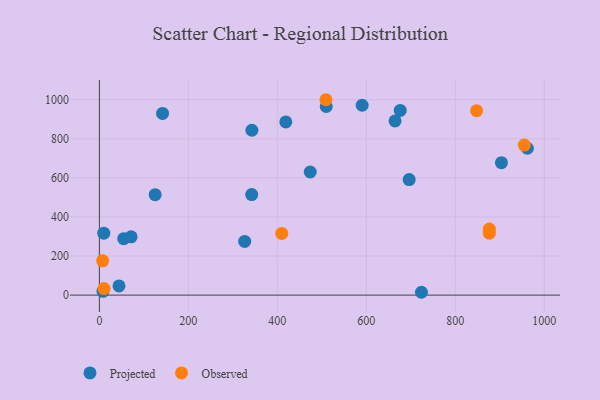
{"axis": {"x": "Price", "y": "Exam Score"}, "legend": ["Observed", "Projected"], "data": [{"x": "903.7", "y": 677.6, "type": "Projected"}, {"x": "590.6", "y": 971.7, "type": "Projected"}, {"x": "44.1", "y": 47.1, "type": "Projected"}, {"x": "342.4", "y": 514.6, "type": "Projected"}, {"x": "125.4", "y": 514.1, "type": "Projected"}, {"x": "509.9", "y": 965.4, "type": "Projected"}, {"x": "962.0", "y": 751.6, "type": "Projected"}, {"x": "664.6", "y": 891.4, "type": "Projected"}, {"x": "9.9", "y": 317.0, "type": "Projected"}, {"x": "54.7", "y": 288.7, "type": "Projected"}, {"x": "8.1", "y": 19.4, "type": "Projected"}, {"x": "723.9", "y": 14.5, "type": "Projected"}, {"x": "142.0", "y": 930.0, "type": "Projected"}, {"x": "342.8", "y": 843.8, "type": "Projected"}, {"x": "676.2", "y": 945.3, "type": "Projected"}, {"x": "473.9", "y": 630.0, "type": "Projected"}, {"x": "71.3", "y": 298.2, "type": "Projected"}, {"x": "326.6", "y": 274.8, "type": "Projected"}, {"x": "419.0", "y": 886.4, "type": "Projected"}, {"x": "696.3", "y": 591.1, "type": "Projected"}, {"x": "876.5", "y": 317.1, "type": "Observed"}, {"x": "955.1", "y": 768.1, "type": "Observed"}, {"x": "7.3", "y": 175.7, "type": "Observed"}, {"x": "847.9", "y": 943.9, "type": "Observed"}, {"x": "10.5", "y": 33.4, "type": "Observed"}, {"x": "509.3", "y": 1000.0, "type": "Observed"}, {"x": "876.5", "y": 338.4, "type": "Observed"}, {"x": "410.0", "y": 315.8, "type": "Observed"}]}